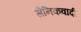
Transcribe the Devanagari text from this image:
सैनिकवादी